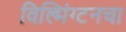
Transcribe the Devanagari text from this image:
विल्मिंग्टनचा